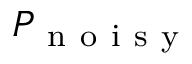
P _ { \mathrm { ~ n ~ o ~ i ~ s ~ y ~ } }